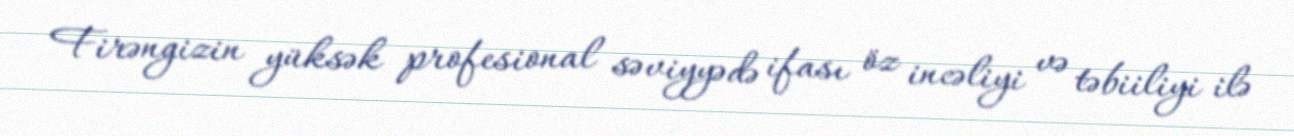
Firəngizin yüksək profesional səviyyədə ifası öz incəliyi və təbiiliyi ilə